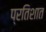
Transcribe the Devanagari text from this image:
प्रतिशात